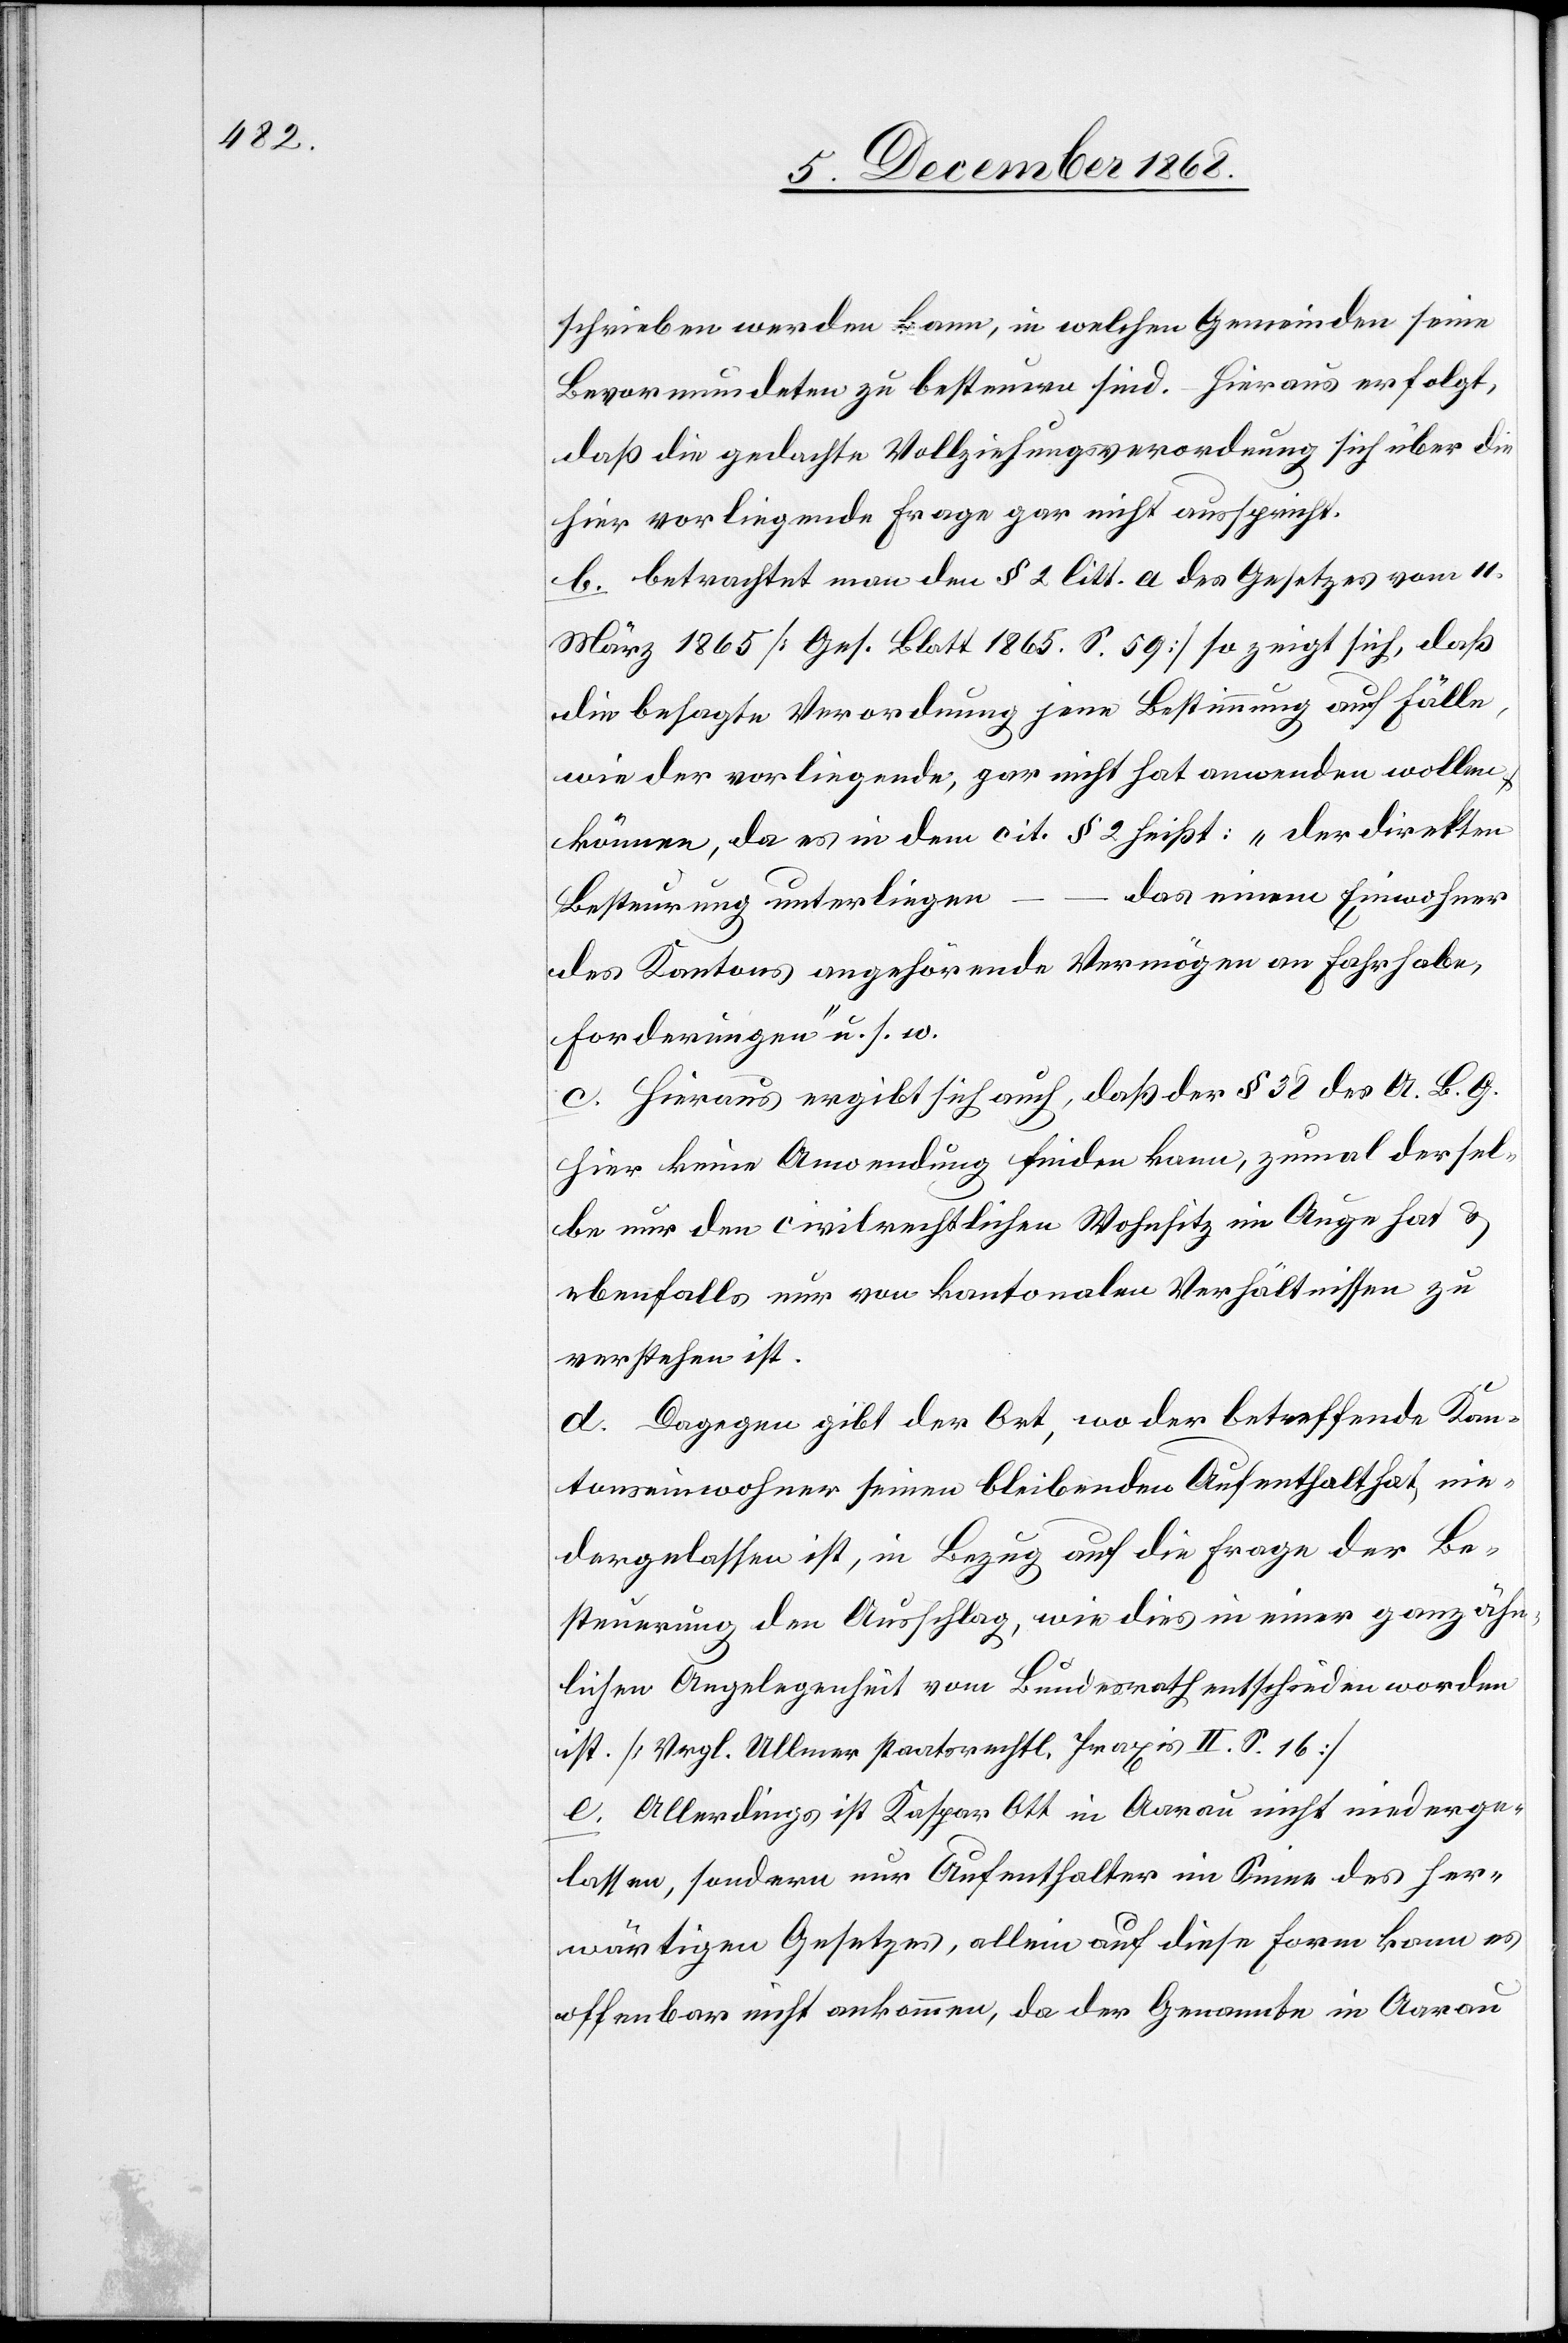
schrieben werden kann, in welchen Gemeinden seine
Bevormundeten zu besteuern sind. – Hieraus erfolgt,
daß die gedachte Vollziehungsverordnung sich über die
hier vorliegende Frage gar nicht ausspricht.
b. betrachtet man den § 2 litt. a des Gesetzes vom 11.
März 1865 [Ges. Blatt 1865. S. 59] so zeigt sich, daß
die besagte Verordnung jene Bestimmung auf Fälle,
wie der vorliegende, gar nicht hat anwenden wollen
können, da es in dem cit. § 2 heißt: „Der direkten
das einem Einwohner
Besteurung unterliegen
des Kantons angehörende Vermögen an Fahrhabe,
Forderungen“ u. s. w.
c. Hieraus ergibt sich auch, daß der § 38 des A. B. G.
hier keine Anwendung finden kann, zumal dersel¬
be nur den civilrechtlichen Wohnsitz im Auge hat &
ebenfalls nur von kantonalen Verhältnissen zu
verstehen ist.
d. Dagegen gibt der Ort, wo der betreffende Kan¬
tonseinwohner seinen bleibenden Aufenthalt hat, nie¬
dergelassen ist, in Bezug auf die Frage der Be¬
steuerung den Ausschlag, wie dies in einer ganz ähn¬
lichen Angelegenheit vom Bundesrath entschieden worden
ist. [Vrgl. Ullmer staatsrechtl. Praxis II. S. 16]
e. Allerdings ist Kaspar Ott in Aarau nicht niederge¬
lassen, sondern nur Aufenthalter im Sinne des her¬
wärtigen Gesetzes, allein auf diese Form kann es
offenbar nicht ankommen, da der Genannte in Aarau